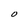
Character: O